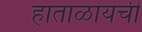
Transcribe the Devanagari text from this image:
हाताळायची